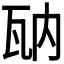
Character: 𤬲